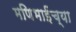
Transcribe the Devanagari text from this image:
मणिभाईंच्या